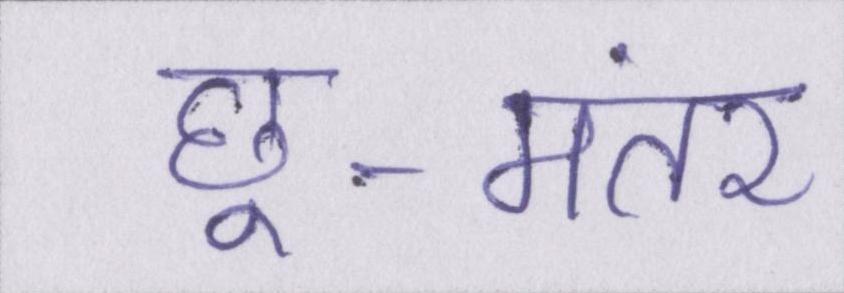
छू-मंतर